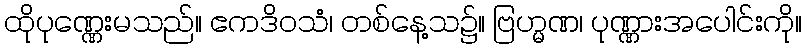
ထိုပုဏ္ဏေးမသည်။ ဧကဒိဝသံ၊ တစ်နေ့သ၌။ ဗြဟ္မဏ၊ ပုဏ္ဏားအပေါင်းကို။